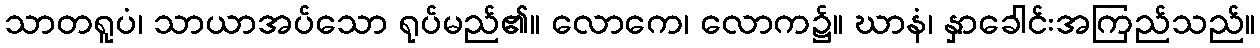
သာတရူပံ၊ သာယာအပ်သော ရုပ်မည်၏။ လောကေ၊ လောက၌။ ဃာနံ၊ နှာခေါင်းအကြည်သည်။